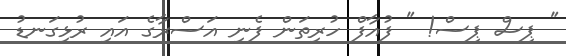
" ޕިސް ޕިސް! " ފުއާފް ހުރިތަން ފެނި އަސްރާގެ އައި ރުޅިގަނޑު